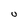
Character: U